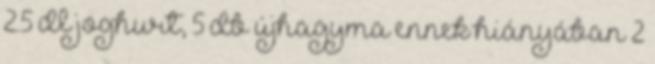
2.5 dl joghurt, 5 db újhagyma ennek hiányában 2